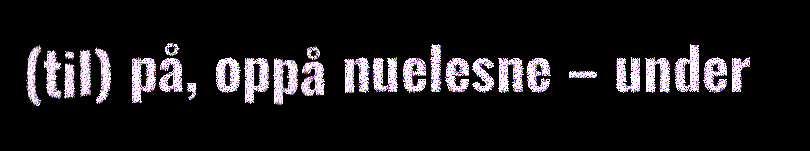
(til) på, oppå nuelesne – under